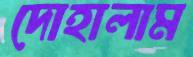
দোহালাম